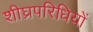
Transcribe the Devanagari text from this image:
शीघ्रपरिधियों